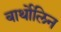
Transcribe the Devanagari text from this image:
बार्थोलिन